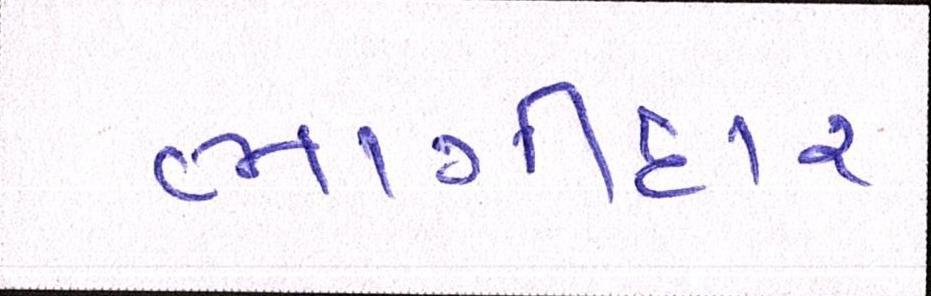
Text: ભાગીદાર